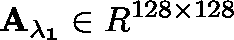
\mathbf { A _ { \lambda _ { 1 } } } \in \mathbb { R } ^ { 1 2 8 \times 1 2 8 }